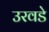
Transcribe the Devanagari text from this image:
उरवडे